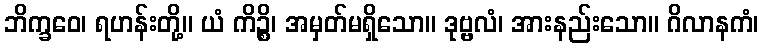
ဘိက္ခဝေ၊ ရဟန်းတို့။ ယံ ကိဉ္စိ၊ အမှတ်မရှိသော။ ဒုဗ္ဗလံ၊ အားနည်းသော။ ဂိလာနကံ၊